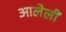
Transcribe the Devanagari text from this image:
आलेलीं